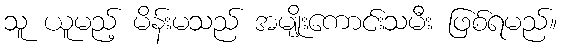
သူ ယူမည့် မိန်းမသည် အမျိုးကောင်းသမီး ဖြစ်ရမည်။